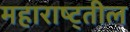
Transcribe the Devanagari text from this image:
महाराष्ट्तील